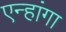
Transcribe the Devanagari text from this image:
एन्हांगा